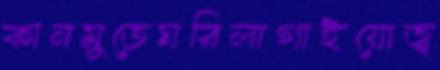
কানমুতেঘরিলাগাইয়োজ্ব